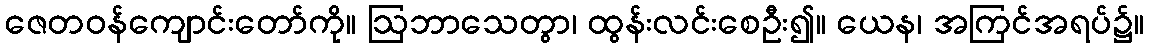
ဇေတဝန်ကျောင်းတော်ကို။ ဩဘာသေတွာ၊ ထွန်းလင်းစေဦး၍။ ယေန၊ အကြင်အရပ်၌။